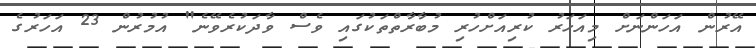
އޭރުން އަހަންނަށް މިއަހަރު ކުރިއަށްހުރި މުބާރާތްތަކުގައި ވެސް ވާދަކުރެވޭނެ" އުމުރުން 23 އަހަރުގެ